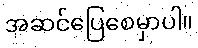
အဆင်ပြေစေမှာပါ။